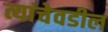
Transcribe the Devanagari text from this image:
त्यांचेवडील